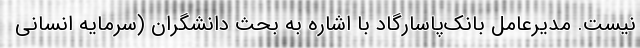
نیست. مدیرعامل بانک‌پاسارگاد با اشاره به بحث دانشگران (سرمایه انسانی